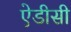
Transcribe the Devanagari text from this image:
ऐडीसी